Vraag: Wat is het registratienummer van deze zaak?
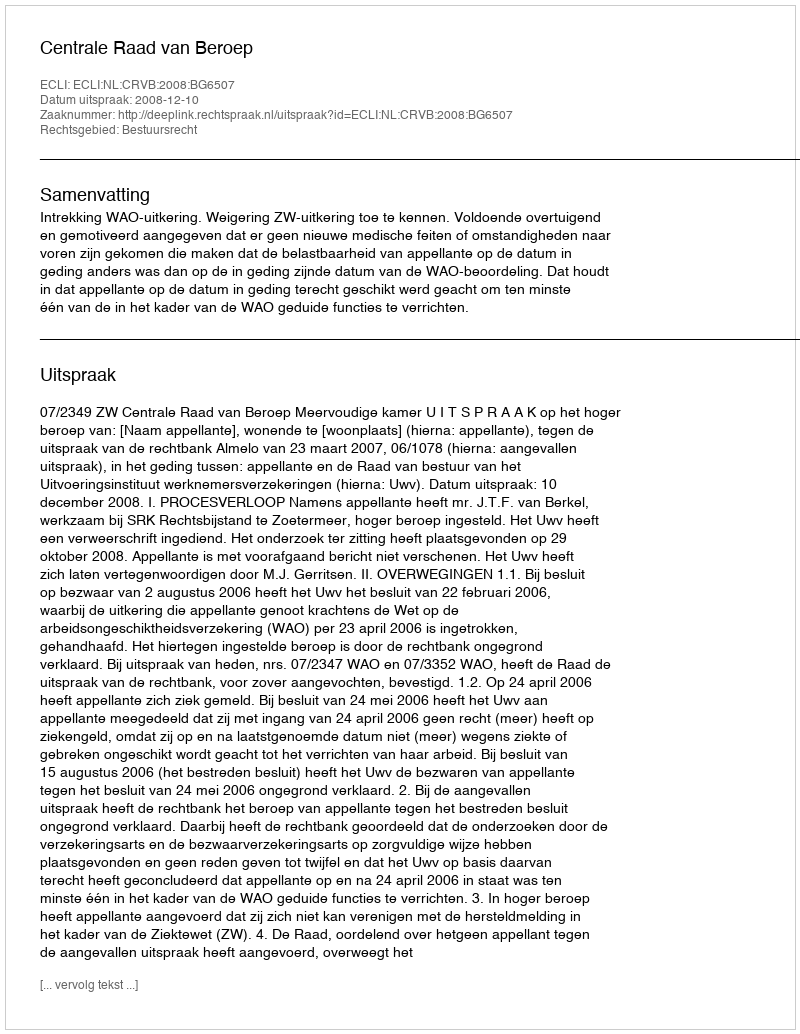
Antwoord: http://deeplink.rechtspraak.nl/uitspraak?id=ECLI:NL:CRVB:2008:BG6507